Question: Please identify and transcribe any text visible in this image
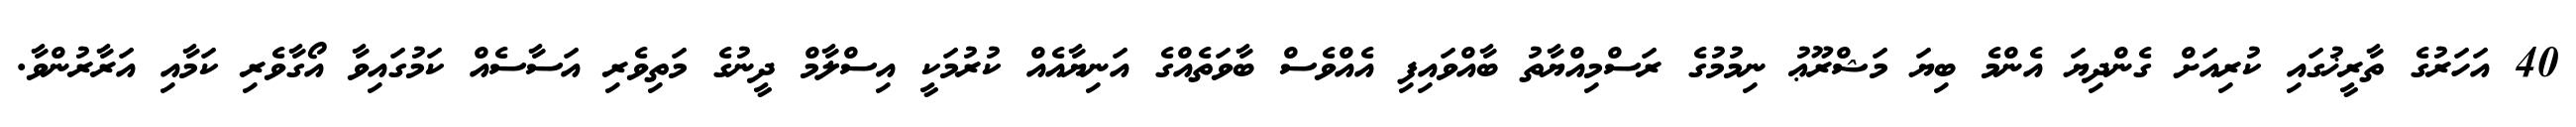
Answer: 40 އަހަރުގެ ތާރީޚުގައި ކުރިއަށް ގެންދިޔަ އެންމެ ބިޔަ މަޝްރޫޢު ނިމުމުގެ ރަސްމިއްޔާތު ބާއްވައިފި އެއްވެސް ބާވަތެއްގެ އަނިޔާއެއް ކުރުމަކީ އިސްލާމް ދީނުގެ މަތިވެރި އަސާސެއް ކަމުގައިވާ އޯގާވެރި ކަމާއި އަރާރުންވާ.